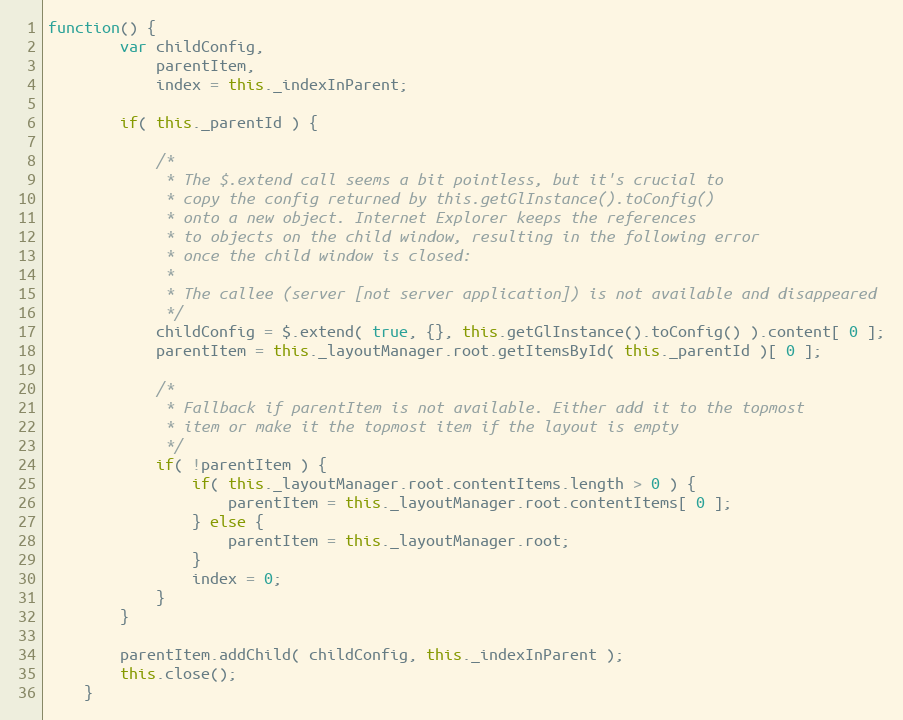
Language: JavaScript
function() {
		var childConfig,
			parentItem,
			index = this._indexInParent;

		if( this._parentId ) {

			/*
			 * The $.extend call seems a bit pointless, but it's crucial to
			 * copy the config returned by this.getGlInstance().toConfig()
			 * onto a new object. Internet Explorer keeps the references
			 * to objects on the child window, resulting in the following error
			 * once the child window is closed:
			 *
			 * The callee (server [not server application]) is not available and disappeared
			 */
			childConfig = $.extend( true, {}, this.getGlInstance().toConfig() ).content[ 0 ];
			parentItem = this._layoutManager.root.getItemsById( this._parentId )[ 0 ];

			/*
			 * Fallback if parentItem is not available. Either add it to the topmost
			 * item or make it the topmost item if the layout is empty
			 */
			if( !parentItem ) {
				if( this._layoutManager.root.contentItems.length > 0 ) {
					parentItem = this._layoutManager.root.contentItems[ 0 ];
				} else {
					parentItem = this._layoutManager.root;
				}
				index = 0;
			}
		}

		parentItem.addChild( childConfig, this._indexInParent );
		this.close();
	}